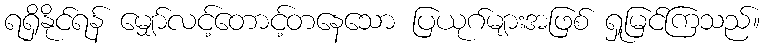
ရရှိနိုင်ရန် မျှော်လင့်တောင့်တနေသော ပြယုဂ်များအဖြစ် ရှုမြင်ကြသည်။